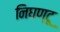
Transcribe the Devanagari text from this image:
निघण्टू